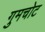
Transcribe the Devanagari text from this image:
गुमचोट